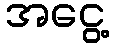
အငွေ့